Vaccination in Bombay 1874-1876 - 1874-1876
Year: 1874
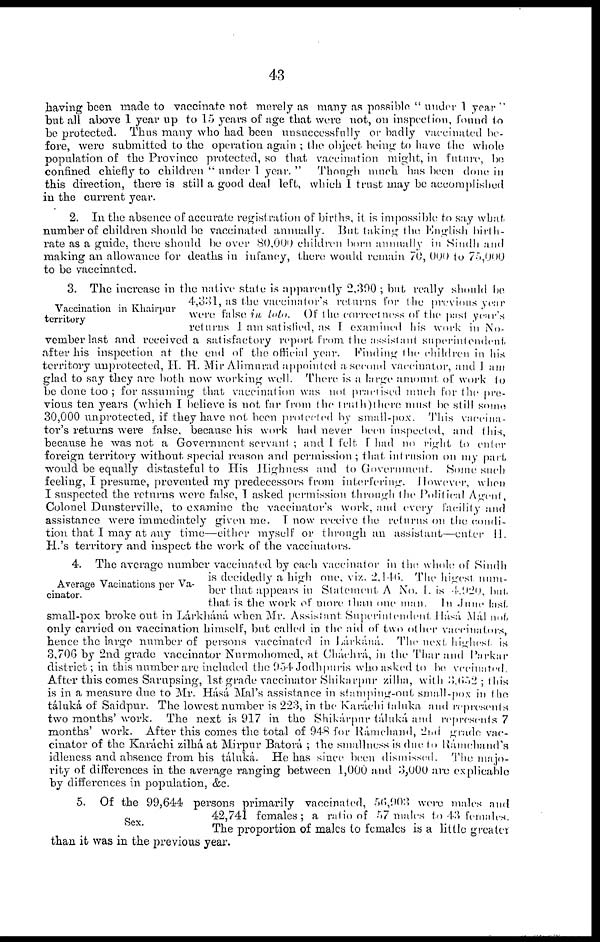
43
having been made to vaccinate not merely as many as possible " under 1 year "
but all above 1 year up to 15 years of age that were not, on inspection, found to
be protected. Thus many who had been unsuccessfully or badly vaccinated be-
fore, were submitted to the operation again ; the object being to have the whole
population of the Province protected, so that vaccination might, in future, be
confined chiefly to children
" under 1 year. "
Though much has been done in
this direction, there is still a good deal left, which I trust may be accomplished
in the current year.
2. In the absence of accurate registration of births, it is impossible to say what
number of children should be vaccinated annually. But taking the English birth-
rate as a guide, there should be over 80,000 children born annually in Sindh and
making an allowance for deaths in infancy, there would remain 70, 000 to 75,000
to be vaccinated.
Vaccination in Khairpur
territory
3. The increase in the native state is apparently 2,390 ; but really should be
4,331, as the vaccinator's returns for the previous year
were false in toto.
Of the correctness of the past year's
returns I am satisfied, as I examined his work in No-
vember last and received a satisfactory report from the assistant superintendent
after his inspection at the end of the official year.
Finding the children in his
territory unprotected, H. H. Mir Alimurad appointed a second vaccinator, and I am
glad to say they are both now working well. There is a large amount of work to
be done too ; for assuming that vaccination was not practised much for the pre-
vious ten years (which I believe is not far from the truth)there must be still some
30,000 unprotected, if they have not been protected by small-pox. This vaccina-
tor's returns were false, because his work had never been inspected, and this,
because he was not a Government servant ; and I felt I had no right to enter
foreign territory without special reason and permission ; that, intrusion on my part
would be equally distasteful to His Highness and to Government.
Some such
feeling, I presume, prevented my predecessors from interfering. However, when
I suspected the returns were false,I asked permission through the Political Agent,
Colonel Dunsterville, to examine the vaccinator's work, and every facility and
assistance were immediately given me. I now receive the returns on the condi-
tion that I may at any time—either myself or through an assistant—enter II.
H.'s territory and inspect the work of the vaccinators.
Average Vacinations per Va¬
cinator.
4. The average number vaccinated by each vaccinator in the whole of Sindh
is decidedly a high one, viz.. 2,146. The higest num-
ber that appears in Statement A No. I. is 4,920, but
that is the work of more than one man.
In June last
small-pox broke out in Lárkháná, when Mr. Assistant. Superintendent Hásá .Mal not
only carried on vaccination himself, but called in the aid of two other vaccinators,
hence the large number of persons vaccinated in Lárkáná. The next highest is
3,706 by 2nd grade vaccinator Nurmohomed, at Cháchrá, in the Thar and Parkar
district; in this number are included the 954 Jodhpuris who asked to he vecinated.
After this comes Sarupsing, 1st grade vaccinator Shikarpur zilha, with 3,652; this
is in a measure due to Mr. Hásá Mal's assistance in stamping-out small-pox in the
táluká of Saidpur. The lowest number is 223, in the Karáchi taluka and represents
two months' work. The next is 917 in the Shikárpur táluká and represents 7
months' work. After this comes the total of 948 for Rámchand, 2nd grade vac-
cinator of the Karáchi zilhá at Mirpur Batorá ; the smallness is due to Ranichand's
idleness and absence from his táluká. He has since been dismissed. The majo-
rity of differences in the average ranging between 1,000 and 3,000 are explicable
by differences in population, &c.
Sex.
5. Of the 99,644 persons primarily vaccinated, 56,903 were males and
42,741 females; a ratio of 57 males to 43 females.
The proportion of males to females is a little greater
than it was in the previous year.